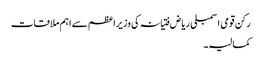
رکن قومی اسمبلی ریاض فتیانہ کی وزیراعظم سے اہم ملاقات
کمالیہ۔